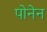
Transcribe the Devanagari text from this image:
पोनेन